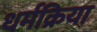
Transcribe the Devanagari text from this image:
धर्मक्रिया